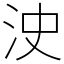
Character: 㳏